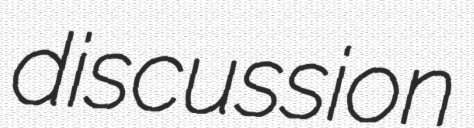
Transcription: discussion